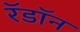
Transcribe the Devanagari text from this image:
रॅडॉन